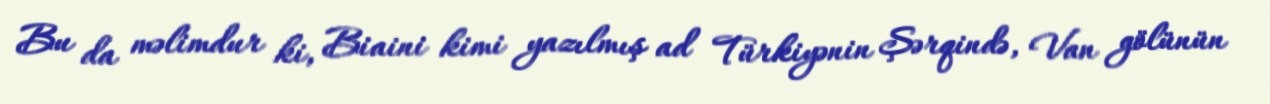
Bu da məlimdur ki, Biaini kimi yazılmış ad Türkiyənin Şərqində, Van gölünün